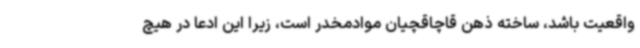
واقعیت باشد، ساخته ذهن قاچاقچیان موادمخدر است، زیرا این ادعا در هیچ